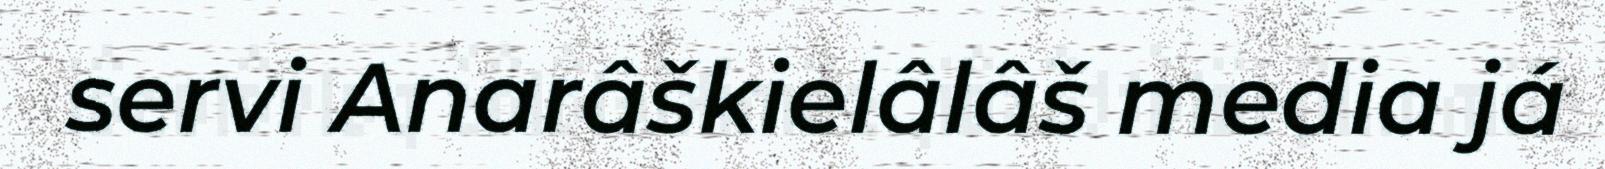
servi Anarâškielâlâš media já